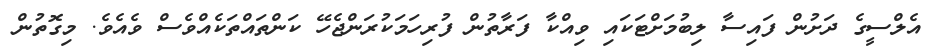
އެލްސީގެ ދަށުން ފައިސާ ލިބުމަށްޓަކައި ވިއްކާ ފަރާތުން ފުރިހަމަކުރަންޖެހޭ ކަންތައްތަކެއްވެސް ވެއެވެ. މިގޮތުން